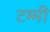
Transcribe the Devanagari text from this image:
टम्मी